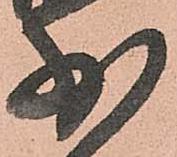
少